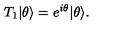
T _ { 1 } | \theta \rangle = e ^ { i \theta } | \theta \rangle .